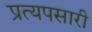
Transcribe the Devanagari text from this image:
प्रत्यपसारी